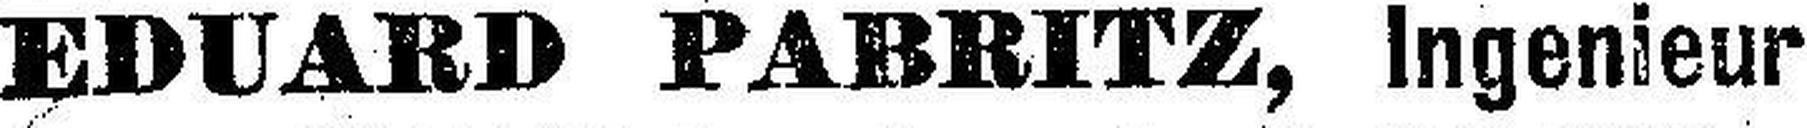
EDUARD PABRITZ, Ingenieur